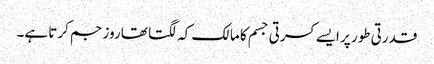
قدرتی طور پر ایسے کسرتی جسم کا مالک کہ لگتا تھا روز جم کرتا ہے۔